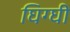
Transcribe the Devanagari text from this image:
घिग्घी